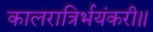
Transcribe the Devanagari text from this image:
कालरात्रिर्भयंकरी॥